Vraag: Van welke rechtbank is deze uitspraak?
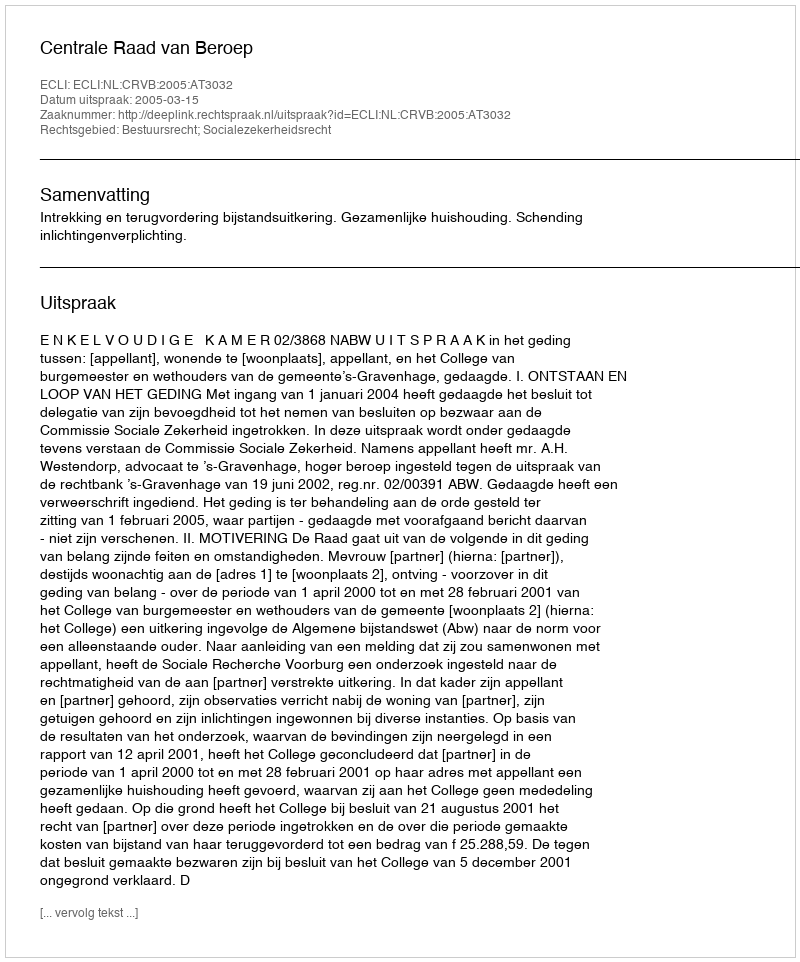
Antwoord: Centrale Raad van Beroep